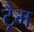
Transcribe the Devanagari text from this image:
ट्रैम